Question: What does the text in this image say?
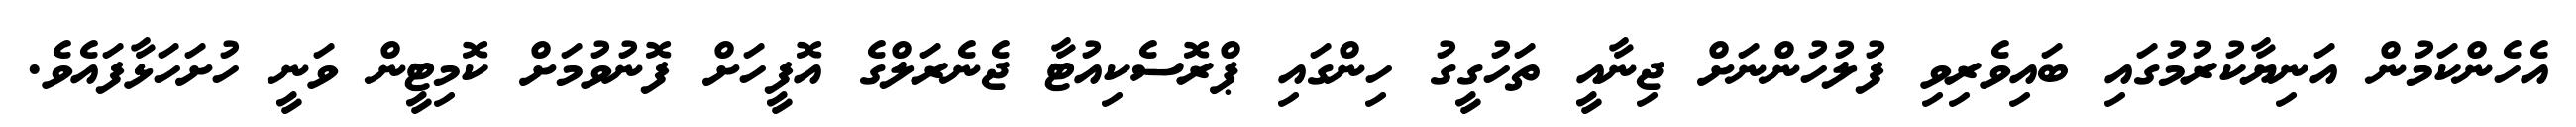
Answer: އެހެންކަމުން އަނިޔާކުރުމުގައި ބައިވެރިވި ފުލުހުންނަށް ޖިނާއީ ތަހުގީގު ހިންގައި ޕްރޮސެކިއުޓާ ޖެނެރަލްގެ އޮފީހަށް ފޮނުވުމަށް ކޮމިޓީން ވަނީ ހުށަހަޅާފައެވެ.